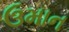
ઉમાન